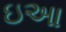
ઇઆ